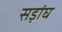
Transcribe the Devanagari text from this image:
सड़ांघ